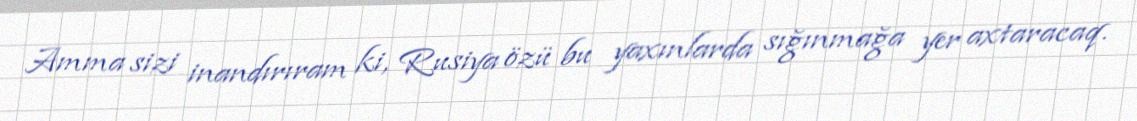
Amma sizi inandırıram ki, Rusiya özü bu yaxınlarda sığınmağa yer axtaracaq.